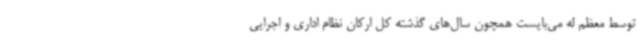
توسط معظم له می‌بایست همچون سال‌های گذشته کل ارکان نظام اداری و اجرایی